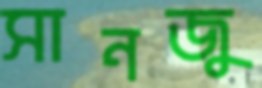
সানজু